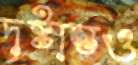
দৃষ্টান্তও